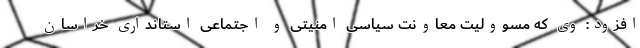
افزود: وی که مسوولیت معاونت سیاسی امنیتی و اجتماعی استانداری خراسان